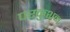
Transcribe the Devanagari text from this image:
परकुशन